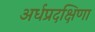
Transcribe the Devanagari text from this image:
अर्धप्रदक्षिणा